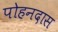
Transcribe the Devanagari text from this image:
पोहनदास